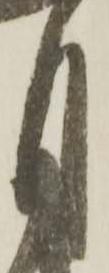
月